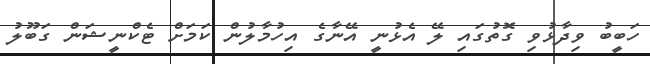
ހަބީބު ވިދާޅުވި ގޮތުގައި ލޭ އެޅުނީ އޭނާގެ އިހުމާލުން ކަމަށް ޓެކްނީޝަން ގަބޫލު